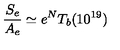
\frac { S _ { e } } { A _ { e } } \simeq e ^ { N } T _ { b } ( 1 0 ^ { 1 9 } )